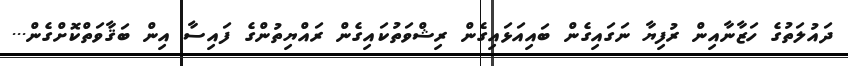
ދައުލަތުގެ ހަޒާނާއިން ރުފިޔާ ނަގައިގެން ބައިއަޅައިގެން ރިޝްވަތުކައިގެން ރައްޔިތުންގެ ފައިސާ އިން ބަޤާވަތްކޮށްގެން...